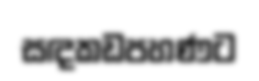
සඳකඩපහණට